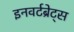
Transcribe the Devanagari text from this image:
इनवर्टब्रेट्स